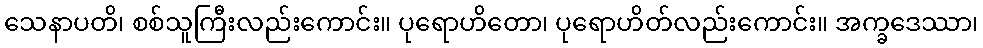
သေနာပတိ၊ စစ်သူကြီးလည်းကောင်း။ ပုရောဟိတော၊ ပုရောဟိတ်လည်းကောင်း။ အက္ခဒေဿာ၊